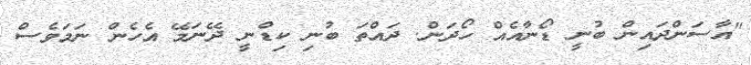
"އާސަންދައިން ބުނީ ޑޯނާއެއް ހޯދަން. ދައްތަ ބުނި ކިޑްނީ ދޭނަމޭ އެހެން ނަމަވެސް